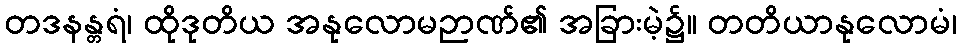
တဒနန္တရံ၊ ထိုဒုတိယ အနုလောမဉာဏ်၏ အခြားမဲ့၌။ တတိယာနုလောမံ၊